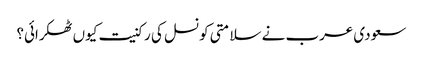
سعودی عرب نے سلامتی کونسل کی رکنیت کیوں ٹھکرائی؟